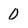
Character: 0